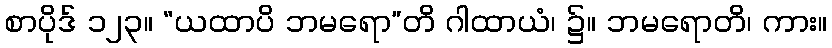
စာပိုဒ် ၁၂၃။ “ယထာပိ ဘမရော”တိ ဂါထာယံ၊ ၌။ ဘမရောတိ၊ ကား။